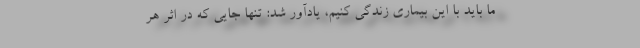
ما باید با این بیماری زندگی کنیم، یادآور شد: تنها جایی که در اثر هر